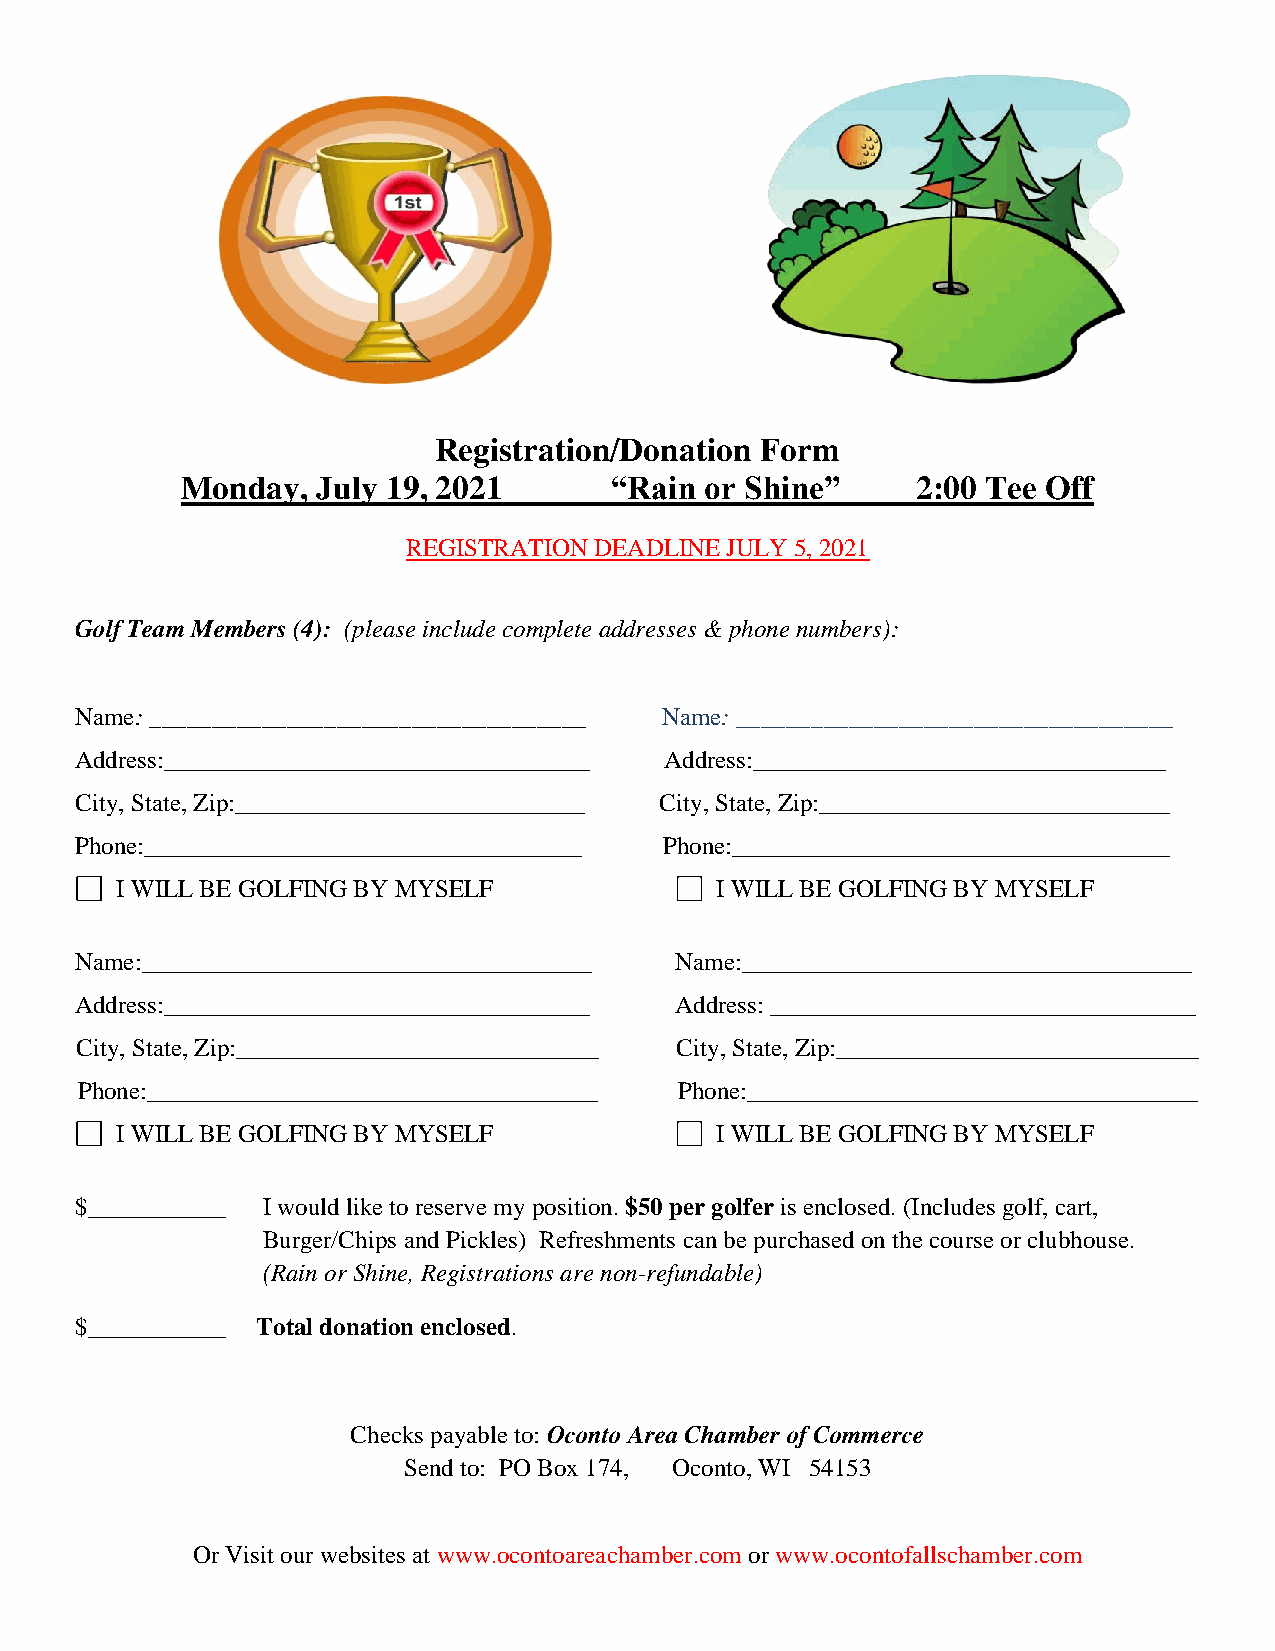
Registration/Donation Form
 Monday,  July 19, 2021      “Rain  or Shine”     2:00 Tee Off
 REGISTRATION DEADLINE JULY 5, 2021
 Golf Team Members (4): (please include complete addresses & phone numbers):
 Name: ___________________________________ Name: ___________________________________
 Address:__________________________________ Address:_________________________________
 City, State, Zip:____________________________ City, State, Zip:____________________________
 Phone:___________________________________ Phone:___________________________________
 I WILL BE GOLFING BY MYSELF            I WILL BE GOLFING BY MYSELF
 Name:____________________________________ Name:____________________________________
 Address:__________________________________ Address: __________________________________
 City, State, Zip:_____________________________ City, State, Zip:_____________________________
 Phone:____________________________________ Phone:____________________________________
 I WILL BE GOLFING BY MYSELF            I WILL BE GOLFING BY MYSELF
 $___________ I would like to reserve my position. $50 per golfer is enclosed. (Includes golf, cart,
 Burger/Chips and Pickles) Refreshments can be purchased on the course or clubhouse.
 (Rain or Shine, Registrations are non-refundable)
 $___________ Total donation enclosed.
 Checks payable to: Oconto Area Chamber of Commerce
 Send to: PO Box 174, Oconto, WI 54153
 Or Visit our websites at www.ocontoareachamber.com or www.ocontofallschamber.com